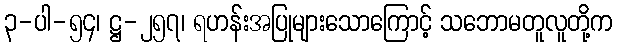
၃-ပါ-၅၄၊ ဋ္ဌ-၂၅၇၊ ရဟန်းအပြုများသောကြောင့် သဘောမတူလူတို့က